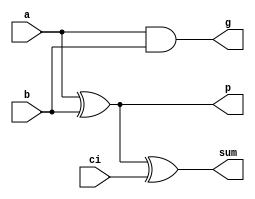
`timescale 1ns/1ns

module partial_full_adder(a, b, ci, sum, g, p);

input a, b, ci;
output sum, g, p;

assign #10 g = a & b;
assign #5 p = a ^ b;
assign #10 sum = a ^ b ^ ci;

endmodule